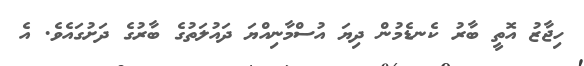
ހިޖާޒު އޮތީ ބާރު ކެނޑެމުން ދިޔަ އުސްމާނިއްޔަ ދައުލަތުގެ ބާރުގެ ދަށުގައެވެ. އެ